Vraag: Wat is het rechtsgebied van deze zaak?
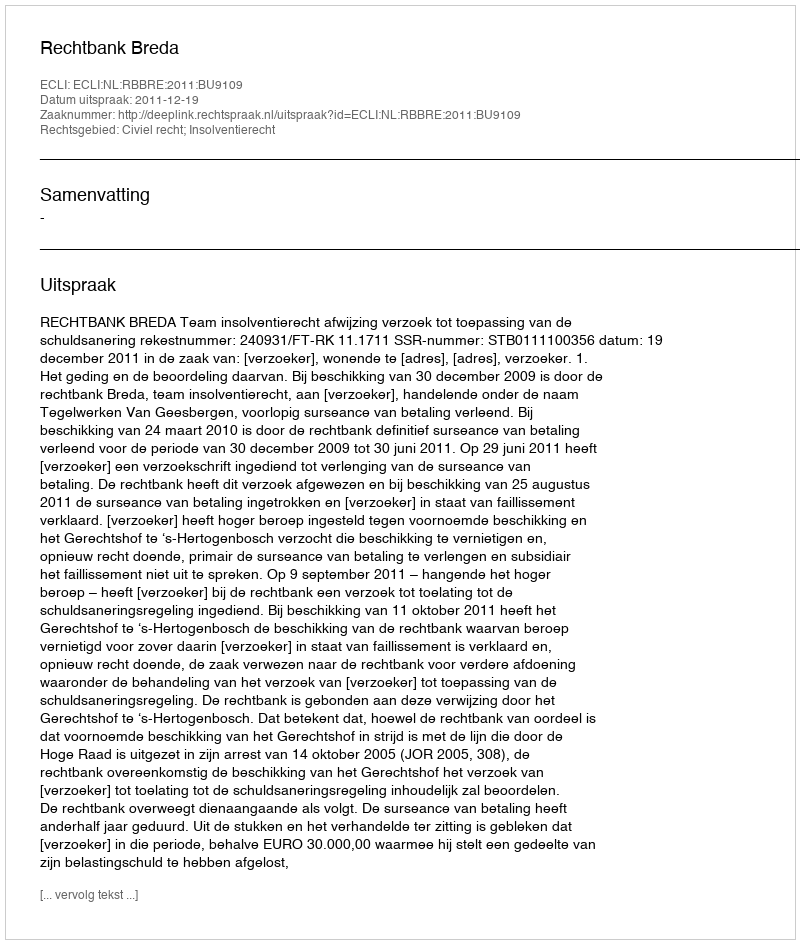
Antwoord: Civiel recht; Insolventierecht